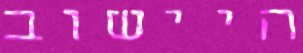
היישוב